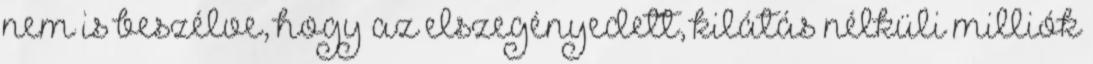
nem is beszélve, hogy az elszegényedett, kilátás nélküli milliók